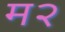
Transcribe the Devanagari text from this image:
म२